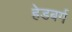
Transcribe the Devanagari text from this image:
हेडबर्ग